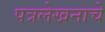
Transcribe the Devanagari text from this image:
पत्रलेखनाचे